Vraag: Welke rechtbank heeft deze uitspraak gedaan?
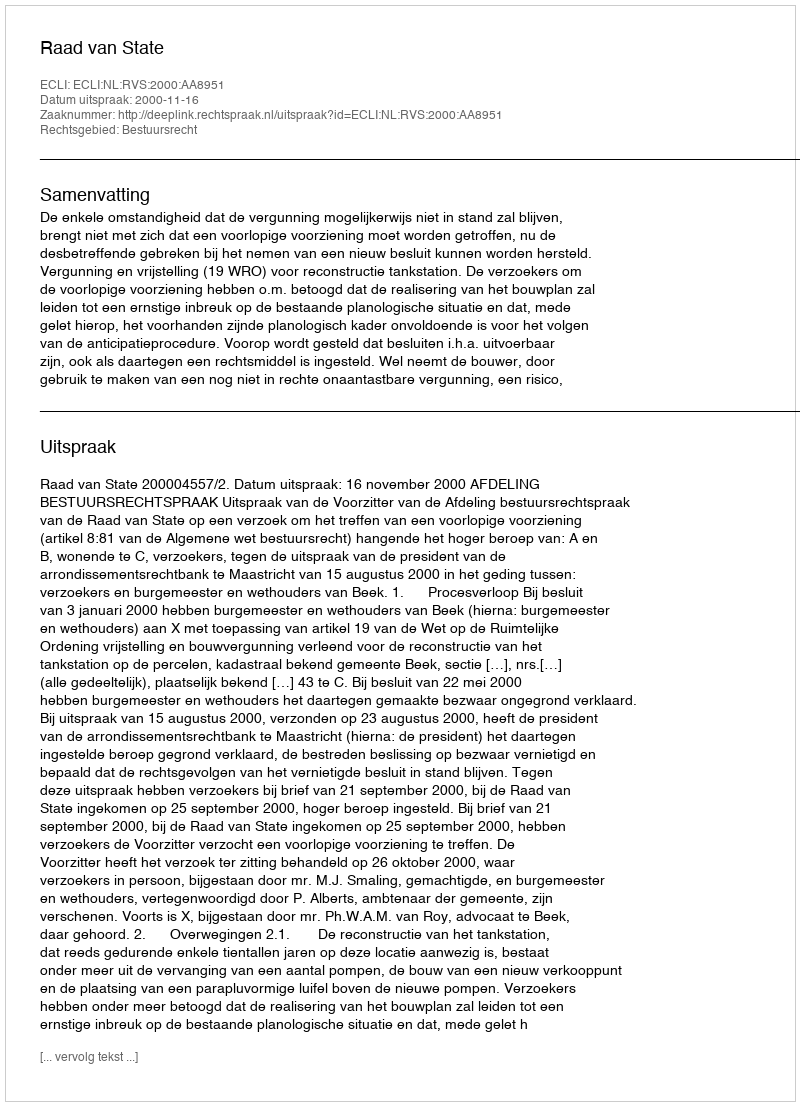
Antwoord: Raad van State